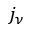
j _ { \nu }